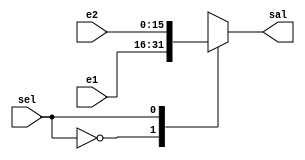
module Mu16(
    input [15:0] e1,
    input [15:0] e2,
    input wire sel,
    output [15:0] sal
);
reg [15:0] aux;

always@(*)
    begin
        case(sel)
            1'b0:
                aux = e1;
            1'b1:
                aux = e2;
        endcase
    end
assign sal = aux;

endmodule